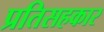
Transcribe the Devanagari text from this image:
प्रतिसहकार